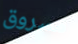
مسروق